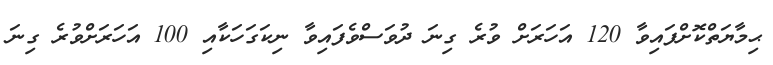
ޙިމާޔަތްކޮށްފައިވާ 120 އަހަރަށް ވުރެ ގިނަ ދުވަސްވެފައިވާ ނިކަގަހަކާއި 100 އަހަރަށްވުރެ ގިނަ